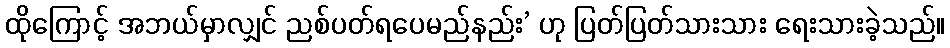
ထိုကြောင့် အဘယ်မှာလျှင် ညစ်ပတ်ရပေမည်နည်း’ ဟု ပြတ်ပြတ်သားသား ရေးသားခဲ့သည်။